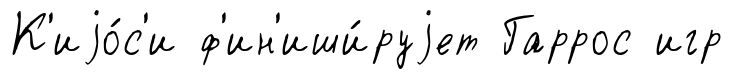
К'иjо́с'и ф'ин'иши́руjет Гаррос игр